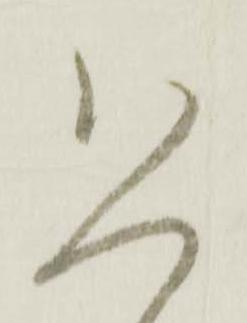
恐